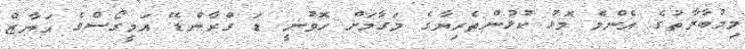
މިމުބާރާތުގެ އެންމެ މޮޅު ކުޅުންތެރިޔާގެ މަގާމަށް ހޮވުނީ ޑަ ގްރާންޑޭ އަމީގޯސްގެ އަޔާޒް